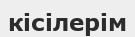
кісілерім